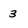
Character: 3